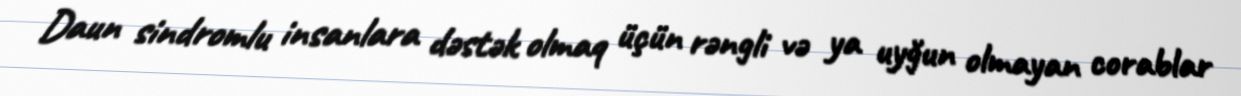
Daun sindromlu insanlara dəstək olmaq üçün rəngli və ya uyğun olmayan corablar